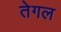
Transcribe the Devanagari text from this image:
तेगल